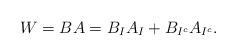
LaTeX: \begin{align*}W=BA=B_{I}A_{I}+B_{I^{c}}A_{I^{c}}.\end{align*}